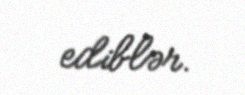
ediblər.